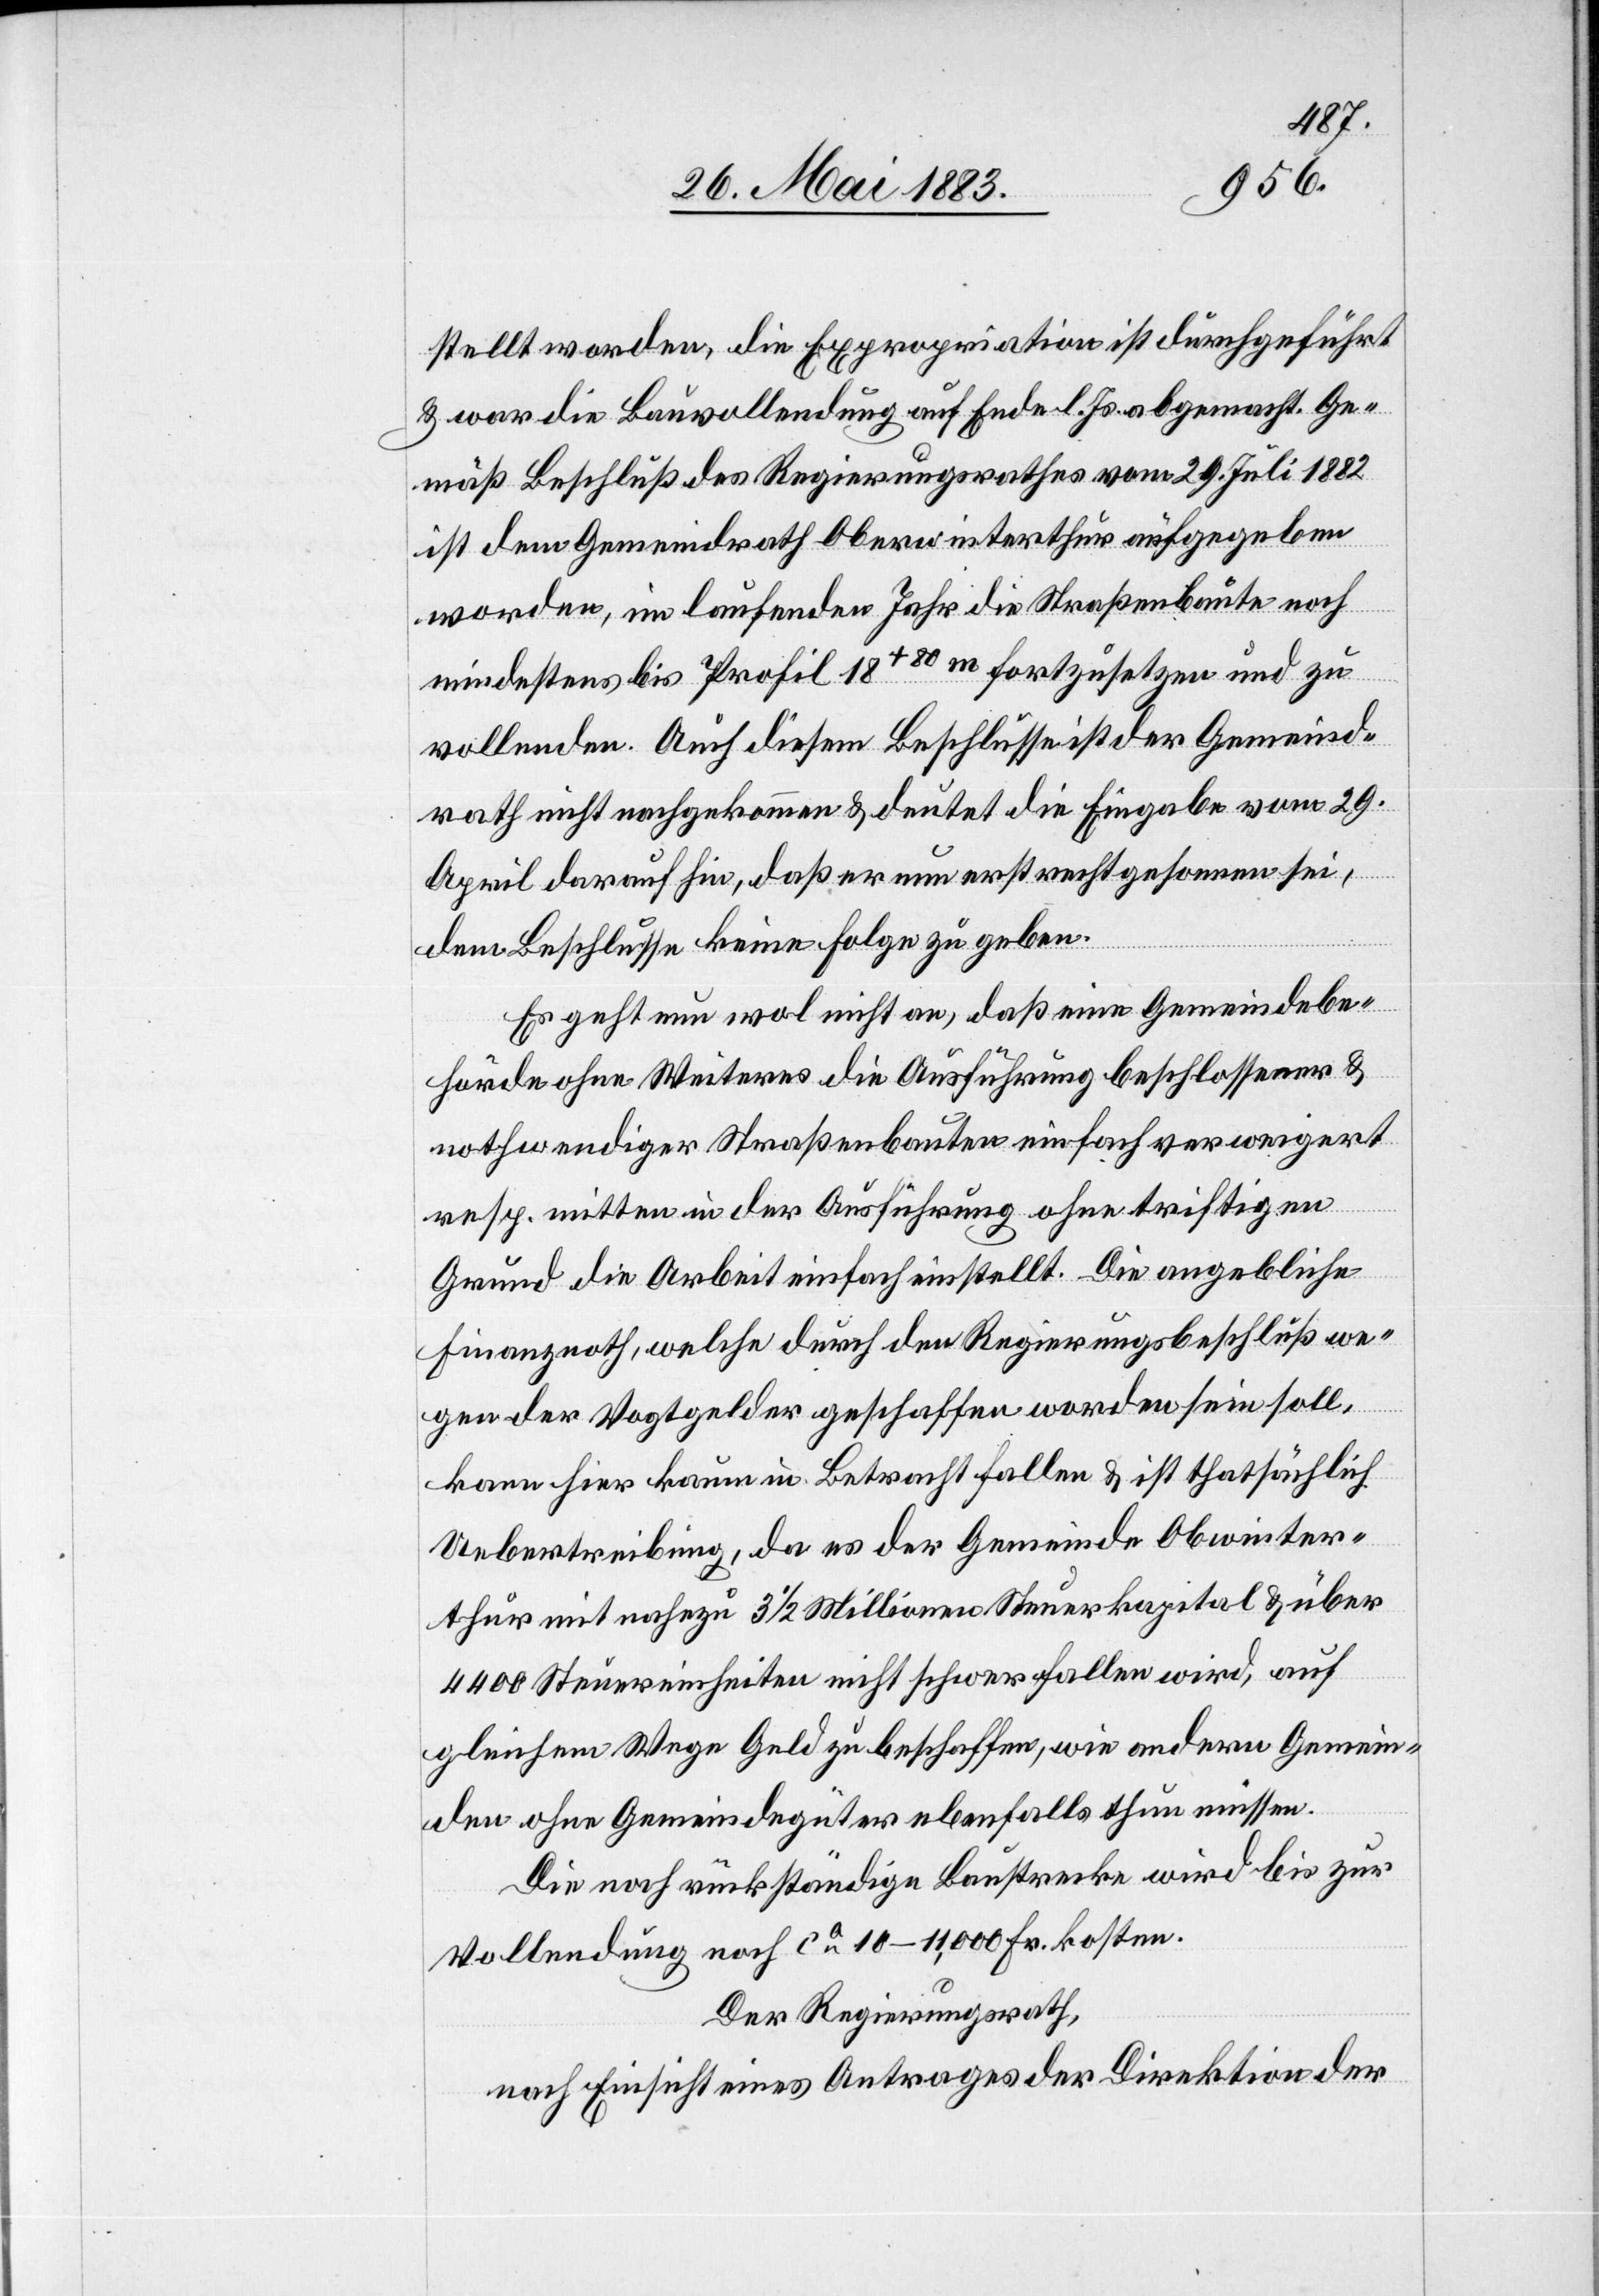
stellt worden, die Expropriation ist durchgeführt
& war die Bauvollendung auf Ende l. Js. abgemacht. Ge¬
mäß Beschluß des Regierungsrathes vom 29. Juli 1882
ist dem Gemeindrath Oberwinterthur aufgegeben
worden, im laufenden Jahr die Straßenbaute noch
mindestens bis Profil 18+80m fortzusetzen und zu
vollenden. Auch diesem Beschlusse ist der Gemeind¬
rath nicht nachgekommen & deutet die Eingabe vom 29.
April darauf hin, daß er nun erst recht gekommen sei,
dem Beschlusse keine Folge zu geben.
Es geht nun wol nicht an, daß eine Gemeindebe¬
hörde ohne Weiteres die Ausführung beschlossener &
nothwendiger Straßenbauten einfach verweigert
resp. mitten in der Ausführung ohne triftigen
Grund die Arbeit einfach einstellt. Die angebliche
Finanznoth, welche durch den Regierungsbeschluß we¬
gen der Vogtgelder geschaffen worden sein soll,
kann hier kaum in Betracht fallen & ist thatsächlich
Uebertreibung, da es der Gemeinde Oberwinter¬
thur mit nahezu 3 1/2 Millionen Steuerkapital & über
4400 Steuereinheiten nicht schwer fallen wird, auf
gleichem Wege Geld zu beschaffen, wie andern Gemein¬
den ohne Gemeindegüter ebenfalls thun müssen.
Die noch rückständige Baustrecke wird bis zur
Vollendung noch ca 10–11,000 Fr. kosten.
Der Regierungsrath,
nach Einsicht eines Antrages der Direktion der